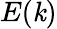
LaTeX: E(\mathit{k})